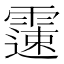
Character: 𩅘